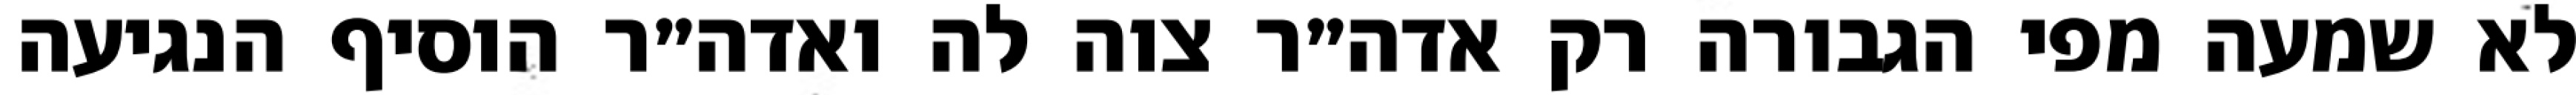
לא שמעה מפי הגבורה רק אדה״ר צוה לה ואדה״ר הוסיף הנגיעה